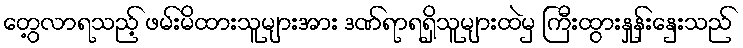
တွေ့လာရသည့် ဖမ်းမိထားသူများအား ဒဏ်ရာရရှိသူများထဲမှ ကြီးထွားနှုန်းနှေးသည်